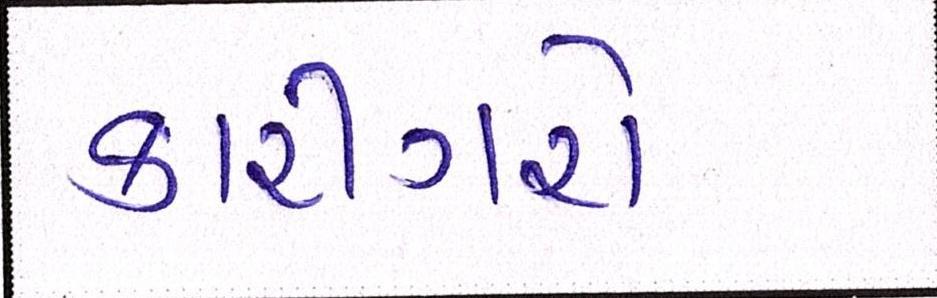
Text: કારીગરો